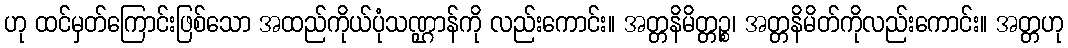
ဟု ထင်မှတ်ကြောင်းဖြစ်သော အထည်ကိုယ်ပုံသဏ္ဌာန်ကို လည်းကောင်း။ အတ္တနိမိတ္တဉ္စ၊ အတ္တနိမိတ်ကိုလည်းကောင်း။ အတ္တဟု